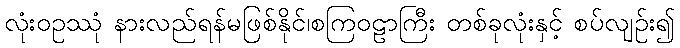
လုံးဝဥဿုံ နားလည်ရန်မဖြစ်နိုင်၊စကြဝဠာကြီး တစ်ခုလုံးနှင့် စပ်လျဉ်း၍